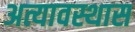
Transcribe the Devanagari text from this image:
अत्यावस्थास